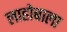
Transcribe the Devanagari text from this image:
लाहोबाला